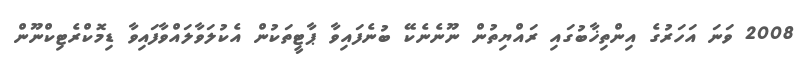
2008 ވަނަ އަހަރުގެ އިންތިޚާބުގައި ރައްޔިތުން ނޫނެނެކޭ ބުނެފައިވާ ޕާޓީތަކުން އެކުލަވާލައްވާފައިވާ ޑިމޮކްރެޓިކްނޫން